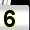
Digit: 5